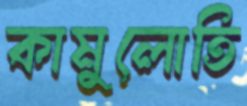
কামুলোতি